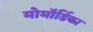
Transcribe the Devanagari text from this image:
मोमॉर्डिका